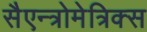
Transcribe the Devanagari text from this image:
सैएन्त्रोमेत्रिक्स